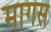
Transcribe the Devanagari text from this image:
मागस